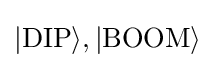
|{\text{DIP}}\rangle ,|{\text{BOOM}}\rangle